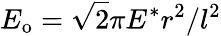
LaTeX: E_{\mathrm{o}}=\sqrt{2}\pi E^{*}r^{2}/l^{2}